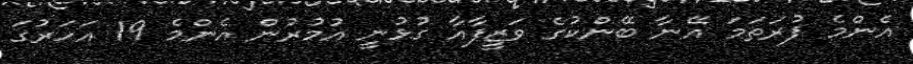
އެންމެ ފުރަތަމަ އޭނާ ބޭންކުގެ ވަޒީފާއާ ގުޅުނީ އުމުރުން އެންމެ 19 އަހަރުގަ